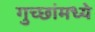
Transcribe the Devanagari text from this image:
गुच्छांमध्ये